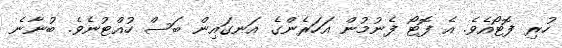
ހުރި ފޮޓޯއެވެ. އެ ފޮޓޯ ފެނުމުން އަހަރެންގެ އަނގައިން ބަސް ހުއްޓުނެވެ. ބުނާނެ